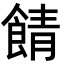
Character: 𩜎